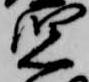
児